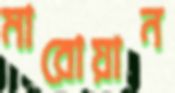
মারোয়ান